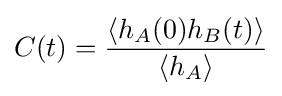
C(t)={\frac {\langle h_{A}(0)h_{B}(t)\rangle }{\langle h_{A}\rangle }}